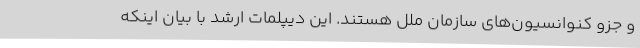
و جزو کنوانسیون‌های سازمان ملل هستند. این دیپلمات ارشد با بیان اینکه